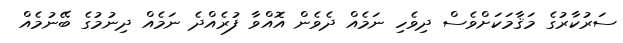
ސަރުކާރުގެ މަޤާމަކަށްވެސް ދިވެހި ނަމެއް ދެވެން އޮއްވާ ފުރެއްދެ ނަމެއް ދިނުމުގެ ބޭނުމެއް